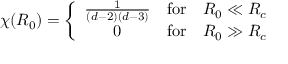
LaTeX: \chi ( R _ { 0 } ) = \left\{ \begin{array} { c c c } { { \frac { 1 } { ( d - 2 ) ( d - 3 ) } } } & { { \mathrm { f o r } } } & { { R _ { 0 } \ll R _ { c } } } \\ { { 0 } } & { { \mathrm { f o r } } } & { { R _ { 0 } \gg R _ { c } } } \end{array} \right.